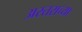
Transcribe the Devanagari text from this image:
अस्तराच्या